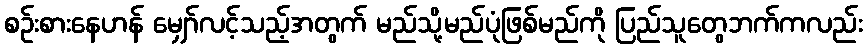
စဉ်းစားနေဟန် မျှော်လင့်သည့်အတွက် မည်သို့မည်ပုံဖြစ်မည်ကို ပြည်သူတွေဘက်ကလည်း